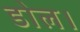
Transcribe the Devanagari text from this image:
डोल।